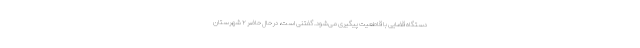
دستگاه قضایی با قاطعیت پیگیری می‌شود. گفتنی است، در حال حاضر ۲ شهرستان